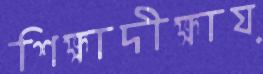
শিক্ষাদীক্ষায়